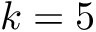
k = 5